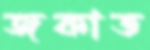
জকাত